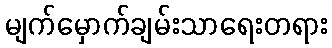
မျက်မှောက်ချမ်းသာရေးတရား